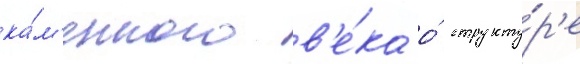
ка́м'енного в'е́ка о́ структу́р'е